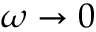
\omega \to 0